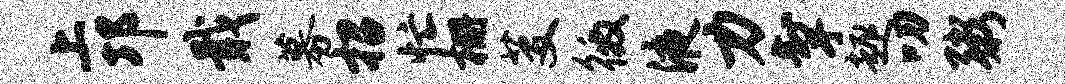
上邛戢募招忙栅芟徼液力掣趣叨粥